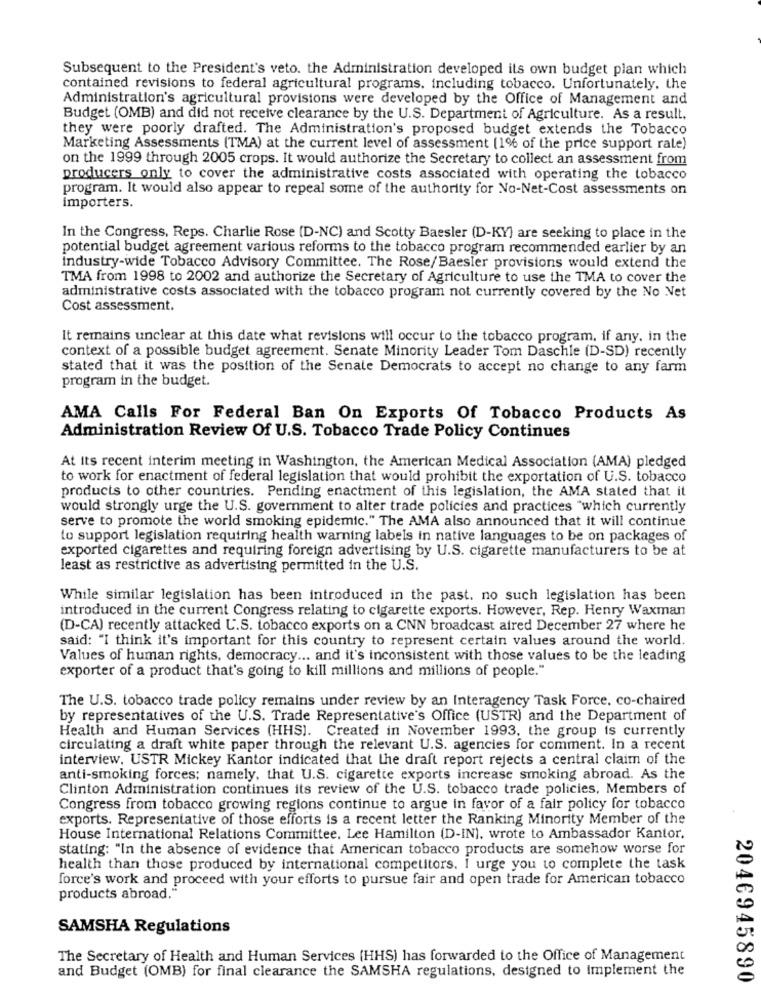
Subsequent to the President's veto. the Administration developed its own budget plan which
contained revisions to federal agricultural programs. including tobacco. Unfortunately, the
Administration's agricultural provisions were developed by the Office of Management and
Budget (OMB) and did not receive clearance by the U.S. Department of Agriculture. As a result,
they were poorly drafted. The Administration's proposed budget extends the Tobacco
Marketing Assessments (TMA) at the current level of assessment (1% of the price support rate)
on the 1999 through 2005 crops. It would authorize the Secretary to collect an assessment from
producers only to cover the administrative costs associated with operating the tobacco
program. It would also appear to repeal some of the authority for No-Net-Cost assessments on
importers.
In the Congress, Reps. Charlie Rose (D-NC) and Scotty Baesler (D-KY) are seeking to place in the
potential budget agreement various reforms to the tobacco program recommended earlier by an
industry-wide Tobacco Advisory Committee. The Rose/Baesler provisions would extend the
TMA from 1998 to 2002 and authorize the Secretary of Agriculture to use the TMA to cover the
administrative costs associated with the tobacco program not currently covered by the No Net
Cost assessment.
It remains unclear at this date what revisions will occur to the tobacco program, if any, in the
context of a possible budget agreement. Senate Minority Leader Tom Daschle (D-SD) recently
stated that it was the position of the Senate Democrats to accept no change to any farm
program in the budget.
AMA Calls For Federal Ban On Exports Of Tobacco Products As
Administration Review Of U.S. Tobacco Trade Policy Continues
At its recent interim meeting in Washington, the American Medical Association (AMA) pledged
to work for enactment of federal legislation that would prohibit the exportation of U.S. tobacco
products to other countries. Pending enactment of this legislation, the AMA stated that it
would strongly urge the U.S. government to alter trade policies and practices "which currently
serve to promote the world smoking epidemic." The AMA also announced that it will continue
to support legislation requiring health warning labels in native languages to be on packages of
exported cigarettes and requiring foreign advertising by U.S. cigarette manufacturers to be at
least as restrictive as advertising permitted in the U.S.
While similar legislation has been introduced in the past. no such legislation has been
introduced in the current Congress relating to cigarette exports. However, Rep. Henry Waxman
(D-CA) recently attacked U.S. tobacco exports on a CNN broadcast atred December 27 where he
said: "I think it's important for this country to represent certain values around the world.
Values of human rights, democracy ... and it's inconsistent with those values to be the leading
exporter of a product that's going to kill millions and millions of people."
The U.S. tobacco trade policy remains under review by an Interagency Task Force, co-chaired
by representatives of the U.S. Trade Representative's Office (USTR) and the Department of
Health and Human Services (HHS]. Created in November 1993, the group is currently
circulating a draft white paper through the relevant U.S. agencies for comment. In a recent
interview. USTR Mickey Kantor indicated that the draft report rejects a central claim of the
anti-smoking forces; namely, that U.S. cigarette exports increase smoking abroad. As the
Clinton Administration continues its review of the U.S. tobacco trade policies, Members of
Congress from tobacco growing regions continue to argue in favor of a fair policy for tobacco
exports. Representative of those efforts is a recent letter the Ranking Minority Member of the
House International Relations Committee. Lee Hamilton (D-IN), wrote to Ambassador Kantor,
stating: "In the absence of evidence that American tobacco products are somehow worse for
health than those produced by international competitors. I urge you to complete the task
force's work and proceed with your efforts to pursue fair and open trade for American tobacco
products abroad."
SAMSHA Regulations
The Secretary of Health and Human Services (HHS) has forwarded to the Office of Management
and Budget (OMB) for final clearance the SAMSHA regulations, designed to Implement the
2046945890